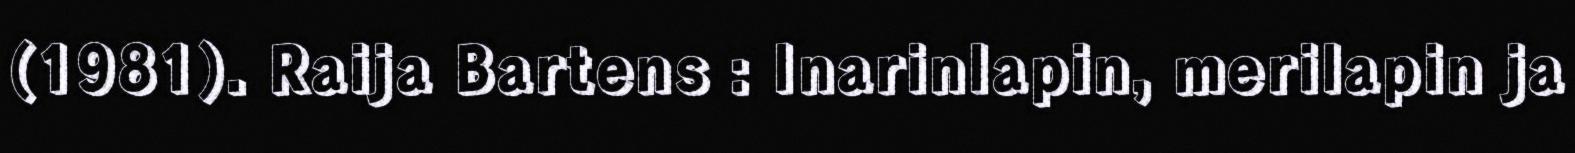
(1981). Raija Bartens : Inarinlapin, merilapin ja